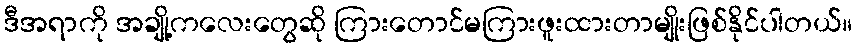
ဒီအရာကို အချို့ကလေးတွေဆို ကြားတောင်မကြားဖူးထားတာမျိုးဖြစ်နိုင်ပါတယ်။